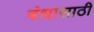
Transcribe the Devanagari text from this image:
बंधासाठी